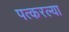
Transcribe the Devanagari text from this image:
पत्करल्या